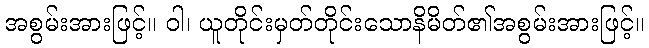
အစွမ်းအားဖြင့်။ ဝါ၊ ယူတိုင်းမှတ်တိုင်းသောနိမိတ်၏အစွမ်းအားဖြင့်။